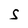
Character: S